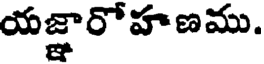
యజ్ఞారోహణము.